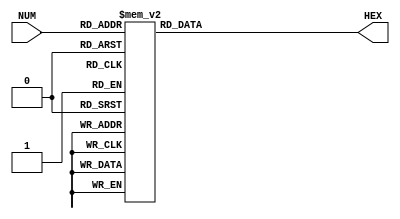

//=======================================================
//  This code is generated by Terasic System Builder
//=======================================================
module HexNumbers(
    input [3:0] NUM,
    output [7:0] HEX
);


reg [7:0] out;

//=======================================================
//  Structural coding
//=======================================================

    always @(NUM)
    begin
        case (NUM)
            4'b0000: out <= 8'b11000000;//0
            4'b0001: out <= 8'b11111001;//1
            4'b0010: out <= 8'b10100100;//2
            4'b0011: out <= 8'b10110000;//3
            4'b0100: out <= 8'b10011001;//4
            4'b0101: out <= 8'b10010010;//5
            4'b0110: out <= 8'b10000010;//6
            4'b0111: out <= 8'b11111000;//7
            4'b1000: out <= 8'b10000000;//8
            4'b1001: out <= 8'b10010000;//9
            4'b1010: out <= 8'b10001000;//-
            4'b1011: out <= 8'b10000011;//blank
            4'b1111: out <= 8'b10001110;//F
            default: out <= 8'b11111111;//off
        endcase
    end

assign HEX = out;

endmodule